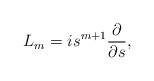
LaTeX: \begin{align*}{L}_m=is^{m+1}\frac{\partial}{\partial s},\;\end{align*}